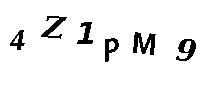
4Z1PM9